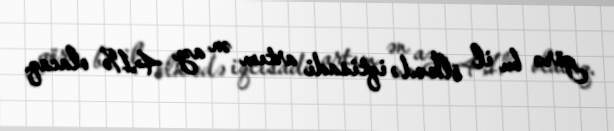
görə bu il ölkədə iqtisadi artım ən azı 4,1% olacaq.